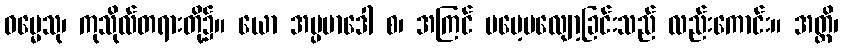
ဓမ္မေသု၊ ကုသိုလ်တရားတို့၌။ ယော အပ္ပမာဒေါ စ၊ အကြင် မမေ့မလျော့ခြင်းသည် လည်းကောင်း။ အတ္ထိ၊